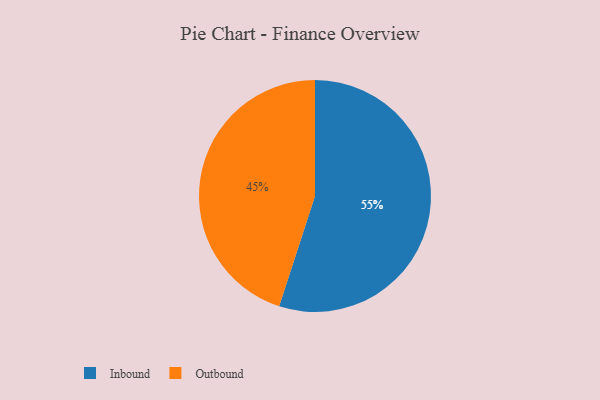
{"axis": {"x": "Category", "y": "Percentage"}, "legend": ["Inbound", "Outbound"], "data": [{"x": "Inbound", "y": 55, "type": "Inbound"}, {"x": "Outbound", "y": 45, "type": "Outbound"}]}